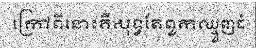
ក្រៅពីនោះគឺសុទ្ធតែពួកឈ្មួញធំ